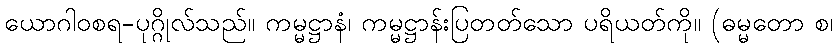
ယောဂါဝစရ-ပုဂ္ဂိုလ်သည်။ ကမ္မဋ္ဌာနံ၊ ကမ္မဋ္ဌာန်းပြတတ်သော ပရိယတ်ကို။ (ဓမ္မတော စ၊